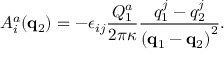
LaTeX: A _ { i } ^ { a } ( { \bf q } _ { 2 } ) = - \epsilon _ { i j } \frac { Q _ { 1 } ^ { a } } { 2 \pi \kappa } \frac { q _ { 1 } ^ { j } - q _ { 2 } ^ { j } } { \left( { \bf q } _ { 1 } - { \bf q } _ { 2 } \right) ^ { 2 } } .